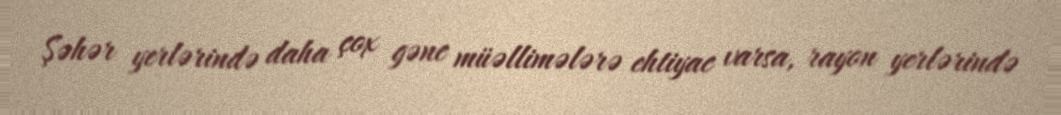
Şəhər yerlərində daha çox gənc müəllimələrə ehtiyac varsa, rayon yerlərində